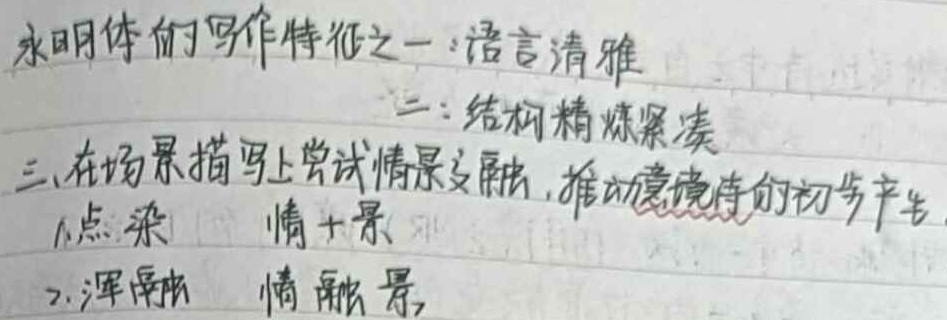
永明体的写作特征：
一、语言清雅；
二、结构精炼紧凑；
三、在场景描写上尝试情景交融，推动意境诗的初步产生
1. 点染：情 + 景
2. 浑融：情融景